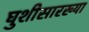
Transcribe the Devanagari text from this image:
घुशीसारख्या